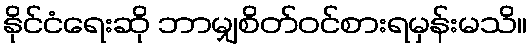
နိုင်ငံရေးဆို ဘာမျှစိတ်ဝင်စားရမှန်းမသိ။